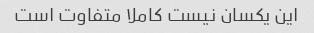
این یکسان نیست کاملا متفاوت است